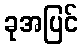
ခုအပြင်